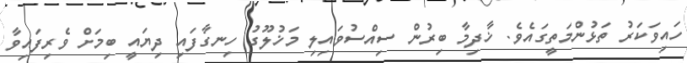
ހައިވަކަރު ތަޅުންމަތީގައެވެ. ޚާދިމާ ބިރުން ސިއްސުވައިލި މަޚުލޫގު ހިނގާފައި ދިޔައީ ބިމަށް ވެރިފައިވާ